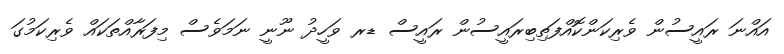
އައްނަ ރައީސުން ވެރިކަންކޮއްފަތިބިރައީސުން ރައީސް ޑރ ވަހީދު ނޫނީ ނަމަވެސް މިފަރާއްތަކައް ވެރިކަމުގަ